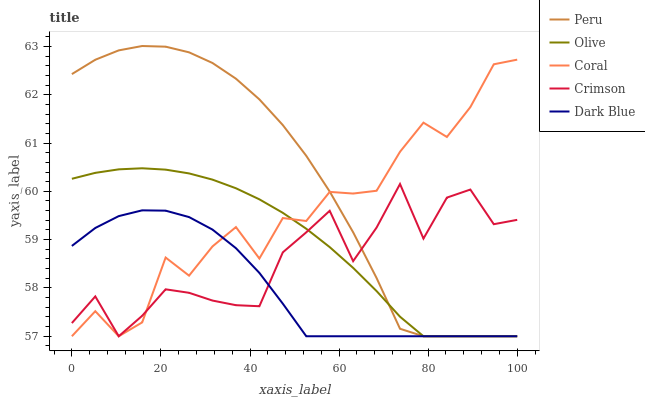
| xaxis_label | Peru | Olive | Coral | Crimson | Dark Blue |
 | --- | --- | --- | --- | --- | --- |
 | 0 | 62.4 | 60.3 | 57 | 57.3 | 58.9 |
 | 5.26 | 62.7 | 60.4 | 57.5 | 57.8 | 59.2 |
 | 10.5 | 62.9 | 60.5 | 57 | 57 | 59.5 |
 | 15.8 | 63 | 60.5 | 57.3 | 57.4 | 59.6 |
 | 21.1 | 63 | 60.4 | 58.6 | 58 | 59.6 |
 | 26.3 | 62.9 | 60.4 | 58.3 | 57.9 | 59.5 |
 | 31.6 | 62.7 | 60.2 | 58.9 | 57.7 | 59.2 |
 | 36.8 | 62.3 | 60.1 | 59.3 | 57.6 | 58.8 |
 | 42.1 | 61.9 | 59.8 | 58.6 | 57.6 | 58.3 |
 | 47.4 | 61.4 | 59.6 | 59.4 | 58.7 | 57.7 |
 | 52.6 | 60.7 | 59.2 | 59.4 | 59.2 | 57 |
 | 57.9 | 60 | 58.8 | 60 | 59.6 | 57 |
 | 63.2 | 59.2 | 58.4 | 60 | 58.6 | 57 |
 | 68.4 | 58.2 | 57.9 | 60 | 59.2 | 57 |
 | 73.7 | 57.2 | 57.4 | 60.8 | 60.2 | 57 |
 | 78.9 | 57 | 57 | 61.4 | 59 | 57 |
 | 84.2 | 57 | 57 | 61.1 | 59.9 | 57 |
 | 89.5 | 57 | 57 | 61.7 | 60 | 57 |
 | 94.7 | 57 | 57 | 62.6 | 59.3 | 57 |
 | 100 | 57 | 57 | 62.7 | 59.4 | 57 |